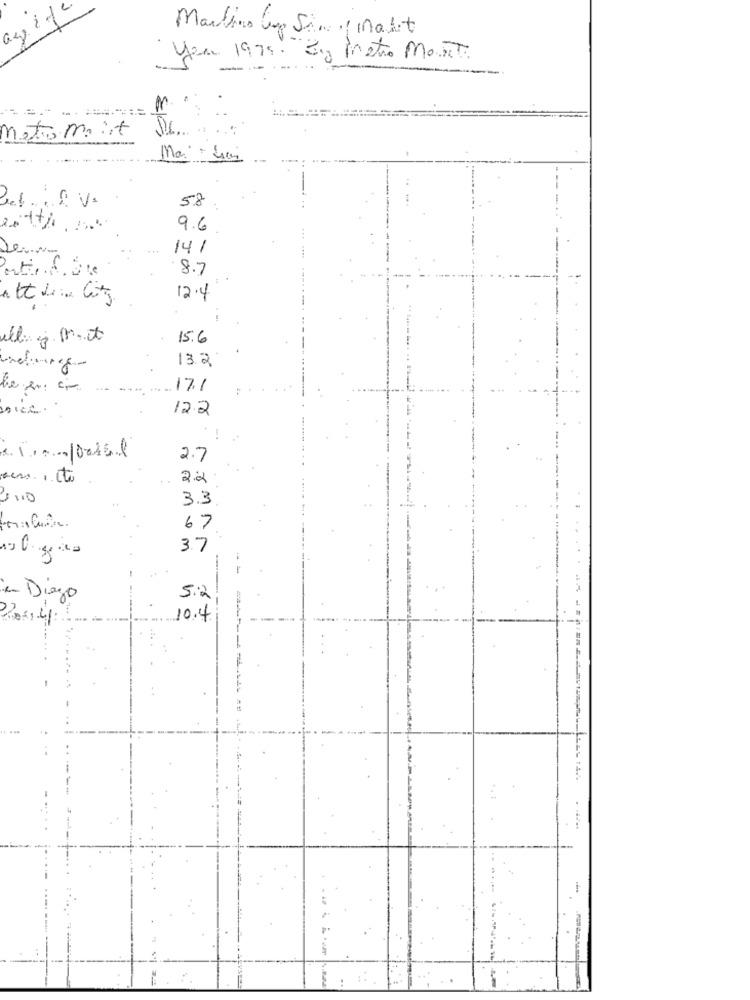
Martins Ve Sim , nabit
ay
you 1975. By Metro MOST.
-
metromit
-
Ma Gras
58
estth. Bu
9.6
...
141
... .....
8.7
12.4
ell. g.m.it
15.6
13.2
17.1
12.2
2.7
2.2
3.3
67
3.7
e Diego
5.2
10.4
. ...